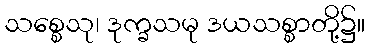
သစ္စေသု၊ ဒုက္ခသမု ဒယသစ္စာတို့၌။